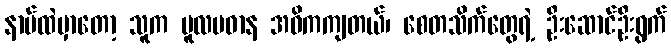
နာမ်ထဲမှာတော့ သူက မူလပဓာန အဓိကကျတယ်၊ စေတသိက်တွေရဲ့ ဦးဆောင်ဦးရွက်